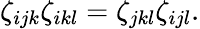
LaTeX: \zeta_{ijk}\zeta_{ikl}=\zeta_{jkl}\zeta_{ijl}.